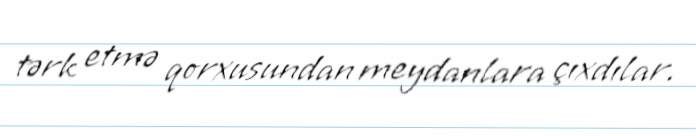
tərk etmə qorxusundan meydanlara çıxdılar.